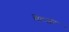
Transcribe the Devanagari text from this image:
मेटजर